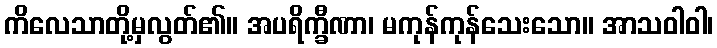
ကိလေသာတို့မှလွတ်၏။ အပရိက္ခီဏာ၊ မကုန်ကုန်သေးသော။ အာသဝါဝါ၊